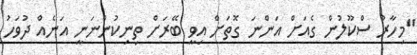
''މިހާރު ސްކޫލުން ގެއަށް އަންނަ ގޮތަށް އިވީ ބޭރަށް ތިނިކުންނަނީ އަނެއް ދުވަހު